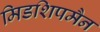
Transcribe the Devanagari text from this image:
मिडशिपमैन